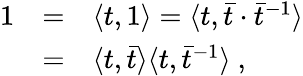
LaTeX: \begin{array}{rcl}{{1}}&{{=}}&{{\langle t,1\rangle=\langle t,{\bar{t}}\cdot{\bar{t}}^{-1}\rangle}}\\ {{}}&{{=}}&{{\langle t,\bar{t}\rangle\langle t,\bar{t}^{-1}\rangle~,}}\end{array}